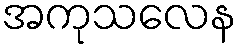
အကုသလေန